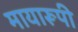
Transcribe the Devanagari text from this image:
मायारूपी